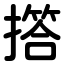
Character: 撘